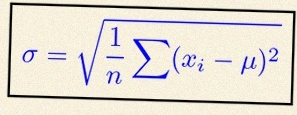
\sigma=\sqrt{\frac1n\sum(x_i-\mu)^2}